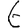
Digit: 6